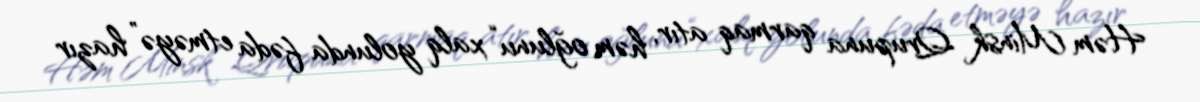
Həm Minsk Qrupuna qarmaq atır, həm oğlunu “xalq yolunda fəda etməyə” hazır